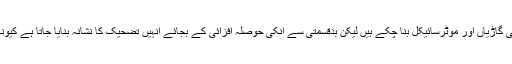
کئی انجینئرز بیٹری اور پانی سے چلنے والی گاڑیاں اور موٹرسائیکل بنا چکے ہیں لیکن بدقسمتی سے انکی حوصلہ افزائی کے بجائے انہیں تضحیک کا نشانہ بنایا جاتا ہے کیونکہ مافیا کو اس میں اپنا کمیشن نظر نہیں آتا۔